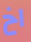
اخ